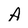
Character: A